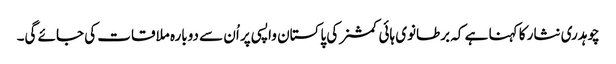
چوہدری نثار کا کہنا ہے کہ برطانوی ہائی کمشنر کی پاکستان واپسی پر اُن سے دوبارہ ملاقات کی جائے گی۔